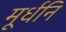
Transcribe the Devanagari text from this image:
मूर्धनि